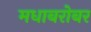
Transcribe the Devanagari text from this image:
मधाबरोबर